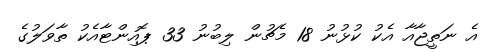
އެ ނަތީޖާއާ އެކު ކުޅުނު 18 މެޗުން ލިބުނު 33 ޕޮއިންޓާއެކު ތާވަލުގެ